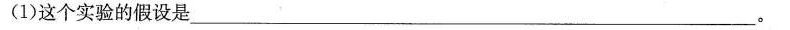
(1)这个实验的假设是_____。